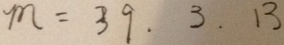
m = 3 9 . 3 . 1 3